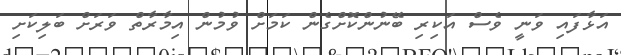
އަޅާފައި ވަނީ ވެސް އަކިރި ބޭނުންކޮށްގެން ކަމަށް ވުމުން އިމާރާތް ވަރަށް ބަލިކަށި